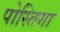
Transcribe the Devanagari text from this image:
पोस्तिगा